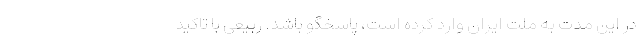
در این مدت به ملت ایران وارد کرده است، پاسخگو باشد. ربیعی با تاکید